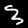
Label: 3